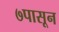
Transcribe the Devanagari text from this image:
७पासून